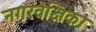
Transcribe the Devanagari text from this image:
नगरवेक्षिका